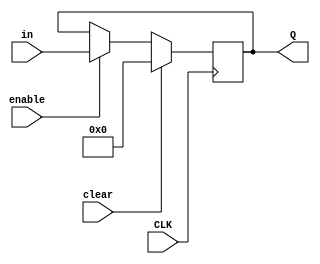
module EighteenBitRegister (
 input [17:0] in,
 input enable,
 input clear,
 input CLK,
 output reg [17:0] Q
);

wire [17:0] out;
/*
FlipFlop a(.D(in[0] & enable), .CLK(CLK), .Q(out[0]));
FlipFlop b(.D(in[1] & enable), .CLK(CLK), .Q(out[1]));
FlipFlop c(.D(in[2] & enable), .CLK(CLK), .Q(out[2]));
FlipFlop d(.D(in[3] & enable), .CLK(CLK), .Q(out[3]));
FlipFlop e(.D(in[4] & enable), .CLK(CLK), .Q(out[4]));
FlipFlop f(.D(in[5] & enable), .CLK(CLK), .Q(out[5]));
FlipFlop g(.D(in[6] & enable), .CLK(CLK), .Q(out[6]));
FlipFlop h(.D(in[7] & enable), .CLK(CLK), .Q(out[7]));
FlipFlop i(.D(in[8] & enable), .CLK(CLK), .Q(out[8]));
FlipFlop j(.D(in[9] & enable), .CLK(CLK), .Q(out[9]));
FlipFlop k(.D(in[10] & enable), .CLK(CLK), .Q(out[10]));
FlipFlop m(.D(in[11] & enable), .CLK(CLK), .Q(out[11]));
FlipFlop n(.D(in[12] & enable), .CLK(CLK), .Q(out[12]));
FlipFlop o(.D(in[13] & enable), .CLK(CLK), .Q(out[13]));
FlipFlop p(.D(in[14] & enable), .CLK(CLK), .Q(out[14]));
FlipFlop q(.D(in[15] & enable), .CLK(CLK), .Q(out[15]));
FlipFlop r(.D(in[16] & enable), .CLK(CLK), .Q(out[16]));
FlipFlop s(.D(in[17] & enable), .CLK(CLK), .Q(out[17]));
*/
always @(posedge CLK) begin
 if (clear)
  Q <= 18'b0;
 else if (enable)
  Q <= in;
end
endmodule